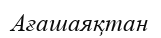
Ағашаяқтан